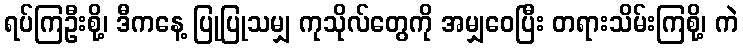
ရပ်ကြဦးစို့၊ ဒီကနေ့ ပြုပြုသမျှ ကုသိုလ်တွေကို အမျှဝေပြီး တရားသိမ်းကြစို့၊ ကဲ